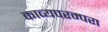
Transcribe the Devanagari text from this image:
काव्यपरम्परा